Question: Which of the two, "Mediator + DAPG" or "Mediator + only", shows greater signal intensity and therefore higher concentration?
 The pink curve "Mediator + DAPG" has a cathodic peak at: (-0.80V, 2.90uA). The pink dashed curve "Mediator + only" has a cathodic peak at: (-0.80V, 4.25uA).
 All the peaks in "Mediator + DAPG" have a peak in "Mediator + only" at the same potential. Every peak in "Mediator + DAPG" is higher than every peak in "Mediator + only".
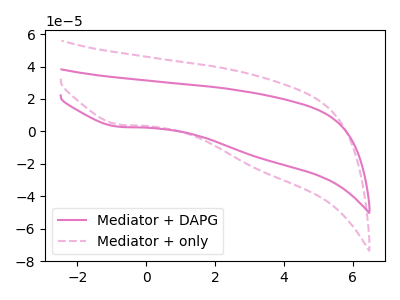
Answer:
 <answer>"Mediator + DAPG" has more signal than "Mediator + only" and so likely has a higher concentration.</answer>
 <eval>more_concentration</eval>